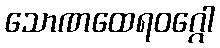
သောဏထေရဝဂ္ဂေါ